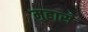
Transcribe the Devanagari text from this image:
मुहासे